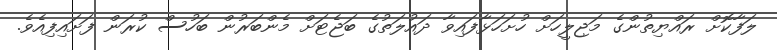
ލަފާކޮށް ރައްޔިތުންގެ މަޖިލީހަށް ހުށަހަޅާފައިވާ ދައުލަތުގެ ބަޖެޓަށް މެންބަރުން ބަހުސް ކުރަން ފަށައިފިއެވެ.